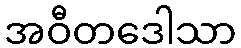
အဝီတဒေါသာ